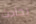
بحادث